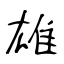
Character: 雄